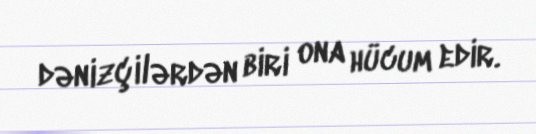
dənizçilərdən biri ona hücum edir.